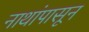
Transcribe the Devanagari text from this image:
नाथांपासून